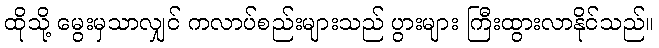
ထိုသို့ မွေးမှသာလျှင် ကလာပ်စည်းများသည် ပွားများ ကြီးထွားလာနိုင်သည်။